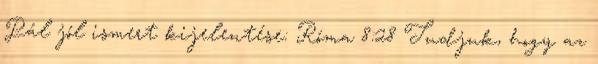
Pál jól ismert kijelentése: Róma 8:28 Tudjuk, hogy az